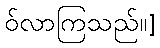
ဝ်လာကြသည်။]